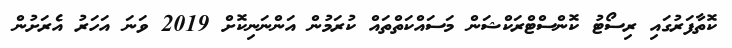
ކޮތާފަރުގައި ރިސޯޓު ކޮންސްޓްރަކްޝަން މަސައްކަތްތައް ކުރަމުން އަންނަނިކޮށް 2019 ވަނަ އަހަރު އެރަށުން